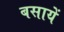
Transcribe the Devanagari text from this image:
बसायें